Civil Veterinary Dept. Bombay admin report 1893-99 - 1893-1899
Year: 1893
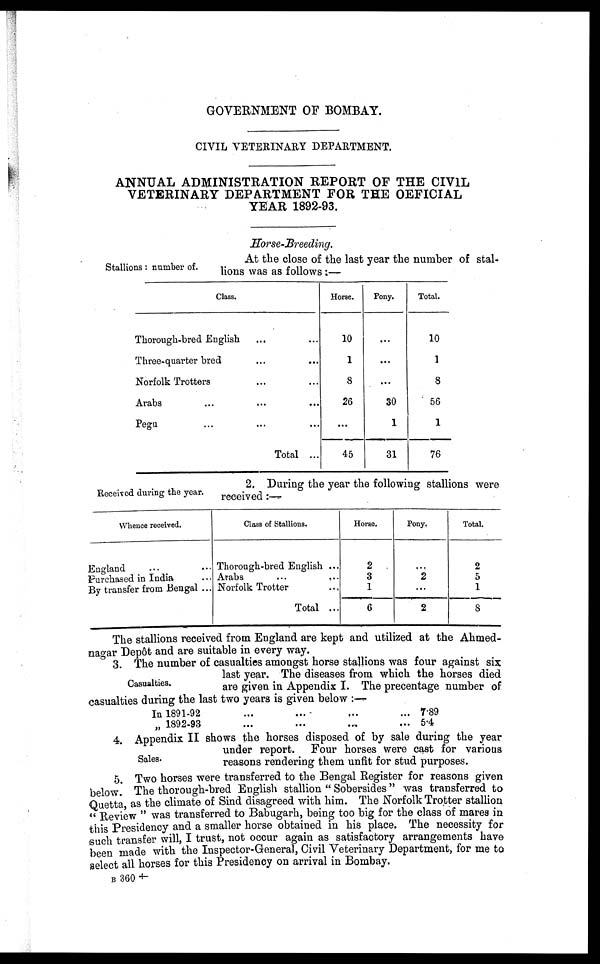
GOVERNMENT OF BOMBAY.
CIVIL VETERINARY DEPARTMENT.
ANNUAL ADMINISTRATION REPORT OF THE CIVIL
VETERINARY DEPARTMENT FOR THE OFFICIAL
YEAR 1892-93.
Horse-Breeding.
Stallions: number of.
At the close of the last year the number of stal-
lions was as follows:—
Class.
Thorough-bred English ... ...
Three-quarter bred ... ...
Norfolk Trotters ... ...
Arabs ... ... ...
Pegu ... ... ...
Total ...
Horse.
10
1
8
26
...
45
Pony.
...
...
...
30
1
31
Total.
10
1
8
56
1
76
Received during the year.
2. During the year the following stallions were
received:—
Whence received.
England ... ...
Purchased in India ... ...
By transfer from Bengal ...
Class of Stallions.
Thorough-bred English ...
Arabs ... ...
Norfolk Trotter ...
Total ...
Horse.
2
3
1
6
Pony.
...
2
...
2
Total.
2
5
1
8
The stallions received from England are kept and utilized at the Ahmed-
nno-ar Depôt and are suitable in every way.
Casualties.
3. The number of casualties amongst horse stallions was four against six
last year. The diseases from which the horses died
are given in Appendix I. The precentage number of
casualties during the last two years is given below:—
In 1891-92 ... ... ... ...
„ 1892-93 ... ... ... ...
7.89
5.4
Sales.
4. Appendix II shows the horses disposed of by sale during the year
under report. Four horses were cast for various
reasons rendering them unfit for stud purposes.
5. Two horses were transferred to the Bengal Register for reasons given
below. The thorough-bred English stallion "Sobersides" was transferred to
Quetta, as the climate of Sind disagreed with him. The Norfolk Trotter stallion
"Review" was transferred to Babugarh, being too big for the class of mares in
this Presidency and a smaller horse obtained in his place. The necessity for
such transfer will, I trust, not occur again as satisfactory arrangements have
been made with the Inspector-General, Civil Veterinary Department, for me to
select all horses for this Presidency on arrival in Bombay.
B 360 †